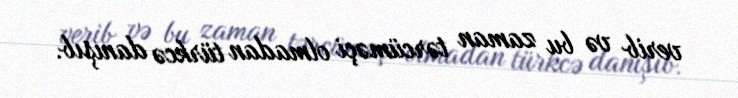
verib və bu zaman tərcüməçi olmadan türkcə danışıb.